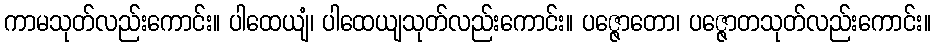
ကာမသုတ်လည်းကောင်း။ ပါထေယျံ၊ ပါထေယျသုတ်လည်းကောင်း။ ပဇ္ဇောတော၊ ပဇ္ဇောတသုတ်လည်းကောင်း။